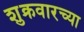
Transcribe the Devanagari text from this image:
शुक्रवारच्या